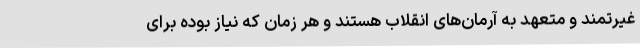
غیرتمند و متعهد به آرمان‌های انقلاب هستند و هر زمان که نیاز بوده برای